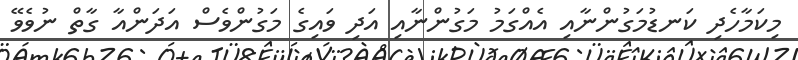
މިކަމާހެދި ކަނޑުމަގުންނާއި އެއްގަމު މަގުންނާއި އަދި ވައިގެ މަގުންވެސް އަދަންއާ ގާތް ނުވެވޭ